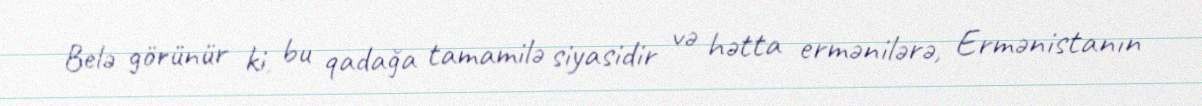
Belə görünür ki, bu qadağa tamamilə siyasidir və hətta ermənilərə, Ermənistanın